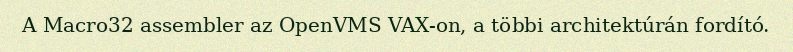
A Macro32 assembler az OpenVMS VAX-on, a többi architektúrán fordító.